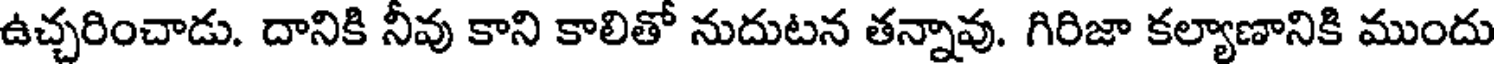
ఉచ్చరించాడు. దానికి నీవు కాని కాలితో నుదుటన తన్నావు. గిరిజా కల్యాణానికి ముందు